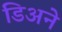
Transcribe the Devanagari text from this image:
डिअने